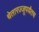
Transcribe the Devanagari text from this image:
चेतारज्जूपर्यंतच